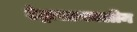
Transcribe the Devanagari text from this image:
टेट्रासायक्लीन